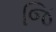
જિ